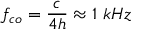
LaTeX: f _ { c o } = { \frac { c } { 4 h } } \approx 1 ~ k H z